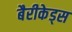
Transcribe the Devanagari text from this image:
बैरीकेड्स